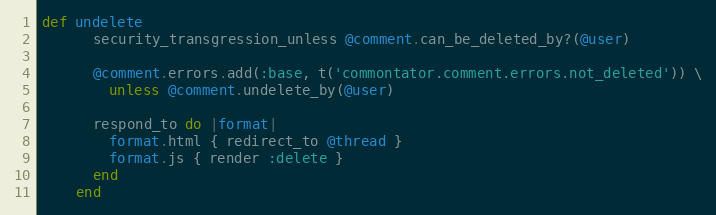
Language: Ruby
def undelete
      security_transgression_unless @comment.can_be_deleted_by?(@user)

      @comment.errors.add(:base, t('commontator.comment.errors.not_deleted')) \
        unless @comment.undelete_by(@user)

      respond_to do |format|
        format.html { redirect_to @thread }
        format.js { render :delete }
      end
    end